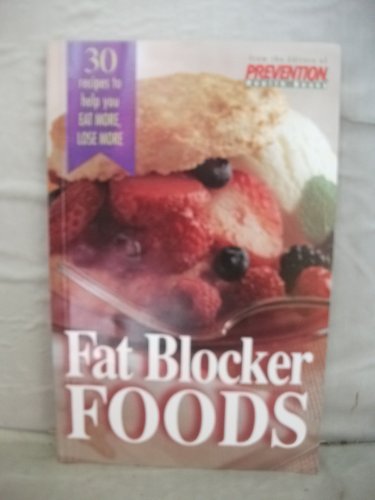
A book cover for Fat Blocker Foods; Editors Of Prevention Health Books; Health, Fitness & Dieting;